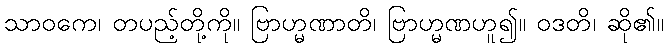
သာဝကေ၊ တပည့်တို့ကို။ ဗြာဟ္မဏာတိ၊ ဗြာဟ္မဏဟူ၍။ ဝဒတိ၊ ဆို၏။